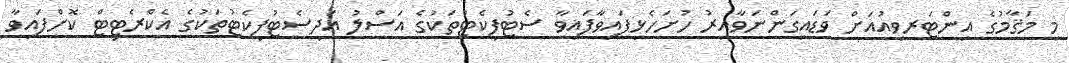
މި މަޤާމުގެ އިންޓަރވިއުއަށް ވަޑައިގަންނަވާއިރު ހުށަހެޅިފައިވާފައިވާ ސެޓުފިކެޓުތަކުގެ އަސްލު އަދިސެޓުފިކެޓުތަކުގެ އެކްރެޓިޓް ކޮށްފައިވާ